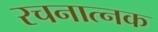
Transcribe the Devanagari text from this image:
रचनात्नक